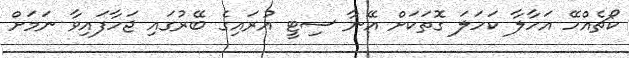
ކޯޗެއްހޭ އަހާލާ ކަހަލަ ގޮތަކަށް އޭނާ ސިޓީ އުރައިގެ ބޭރުގައި ޖަހާފައިވާ ނަމަށް